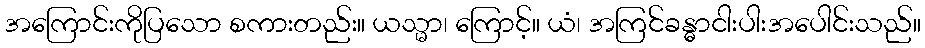
အကြောင်းကိုပြသော စကားတည်း။ ယသ္မာ၊ ကြောင့်။ ယံ၊ အကြင်ခန္ဓာငါးပါးအပေါင်းသည်။